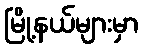
မြို့နယ်များမှာ